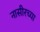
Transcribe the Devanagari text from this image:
नासीरच्या